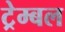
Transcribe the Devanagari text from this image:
ट्रेम्बल